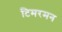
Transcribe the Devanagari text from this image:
टिमरमन